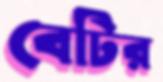
বেটির